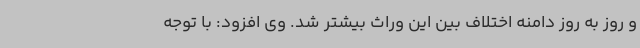
و روز به روز دامنه اختلاف بین این وراث بیشتر شد. وی افزود: با توجه